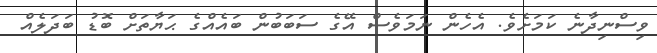
ވިސްނިދާނެ ކަމަށެވެ. އެހެން ނަމަވެސް އޭގެ ސަބަބުން ބައެއްގެ ޙަޔާތަށް ބޮޑު ބަދަލެއް